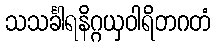
သသင်္ခါရနိဂ္ဂယှဝါရိတဂတံ